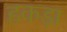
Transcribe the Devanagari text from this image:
हकड़ा